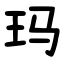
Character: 玛